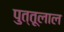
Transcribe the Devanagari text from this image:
पुत्तूलाल